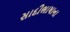
સાદીભાષાના